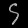
Digit: ၄